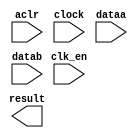
// megafunction wizard: %ALTFP_ADD_SUB%VBB%
// GENERATION: STANDARD
// VERSION: WM1.0
// MODULE: altfp_add_sub 

// ============================================================
// Megafunction Name(s):
// 			altfp_add_sub
//
// Simulation Library Files(s):
// 			lpm
// ============================================================
// ************************************************************
// THIS IS A WIZARD-GENERATED FILE. DO NOT EDIT THIS FILE!
//
// 18.0.0 Build 614 04/24/2018 SJ Standard Edition
// ************************************************************

//Copyright (C) 2018  Intel Corporation. All rights reserved.
//Your use of Intel Corporation's design tools, logic functions 
//and other software and tools, and its AMPP partner logic 
//functions, and any output files from any of the foregoing 
//(including device programming or simulation files), and any 
//associated documentation or information are expressly subject 
//to the terms and conditions of the Intel Program License 
//Subscription Agreement, the Intel Quartus Prime License Agreement,
//the Intel FPGA IP License Agreement, or other applicable license
//agreement, including, without limitation, that your use is for
//the sole purpose of programming logic devices manufactured by
//Intel and sold by Intel or its authorized distributors.  Please
//refer to the applicable agreement for further details.

module fpadd (
	aclr,
	clk_en,
	clock,
	dataa,
	datab,
	result)/* synthesis synthesis_clearbox = 1 */;

	input	  aclr;
	input	  clk_en;
	input	  clock;
	input	[31:0]  dataa;
	input	[31:0]  datab;
	output	[31:0]  result;

endmodule

// ============================================================
// CNX file retrieval info
// ============================================================
// Retrieval info: PRIVATE: FPM_FORMAT NUMERIC "0"
// Retrieval info: PRIVATE: INTENDED_DEVICE_FAMILY STRING "Stratix IV"
// Retrieval info: PRIVATE: SYNTH_WRAPPER_GEN_POSTFIX STRING "0"
// Retrieval info: PRIVATE: WIDTH_DATA NUMERIC "32"
// Retrieval info: LIBRARY: altera_mf altera_mf.altera_mf_components.all
// Retrieval info: CONSTANT: DENORMAL_SUPPORT STRING "NO"
// Retrieval info: CONSTANT: DIRECTION STRING "ADD"
// Retrieval info: CONSTANT: INTENDED_DEVICE_FAMILY STRING "Stratix IV"
// Retrieval info: CONSTANT: OPTIMIZE STRING "SPEED"
// Retrieval info: CONSTANT: PIPELINE NUMERIC "7"
// Retrieval info: CONSTANT: REDUCED_FUNCTIONALITY STRING "NO"
// Retrieval info: CONSTANT: WIDTH_EXP NUMERIC "8"
// Retrieval info: CONSTANT: WIDTH_MAN NUMERIC "23"
// Retrieval info: USED_PORT: aclr 0 0 0 0 INPUT NODEFVAL "aclr"
// Retrieval info: USED_PORT: clk_en 0 0 0 0 INPUT NODEFVAL "clk_en"
// Retrieval info: USED_PORT: clock 0 0 0 0 INPUT NODEFVAL "clock"
// Retrieval info: USED_PORT: dataa 0 0 32 0 INPUT NODEFVAL "dataa[31..0]"
// Retrieval info: USED_PORT: datab 0 0 32 0 INPUT NODEFVAL "datab[31..0]"
// Retrieval info: USED_PORT: result 0 0 32 0 OUTPUT NODEFVAL "result[31..0]"
// Retrieval info: CONNECT: @aclr 0 0 0 0 aclr 0 0 0 0
// Retrieval info: CONNECT: @clk_en 0 0 0 0 clk_en 0 0 0 0
// Retrieval info: CONNECT: @clock 0 0 0 0 clock 0 0 0 0
// Retrieval info: CONNECT: @dataa 0 0 32 0 dataa 0 0 32 0
// Retrieval info: CONNECT: @datab 0 0 32 0 datab 0 0 32 0
// Retrieval info: CONNECT: result 0 0 32 0 @result 0 0 32 0
// Retrieval info: GEN_FILE: TYPE_NORMAL fpadd.v TRUE
// Retrieval info: GEN_FILE: TYPE_NORMAL fpadd.inc TRUE
// Retrieval info: GEN_FILE: TYPE_NORMAL fpadd.cmp TRUE
// Retrieval info: GEN_FILE: TYPE_NORMAL fpadd.bsf TRUE
// Retrieval info: GEN_FILE: TYPE_NORMAL fpadd_inst.v TRUE
// Retrieval info: GEN_FILE: TYPE_NORMAL fpadd_bb.v TRUE
// Retrieval info: LIB_FILE: lpm